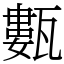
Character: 甊